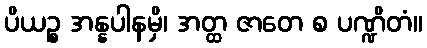
ပိယဉ္စ အန္နပါနမှိ၊ အတ္ထ ဇာတေ စ ပဏ္ဍိတံ။